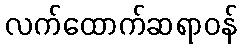
လက်ထောက်ဆရာဝန်